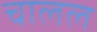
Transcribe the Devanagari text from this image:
चालल